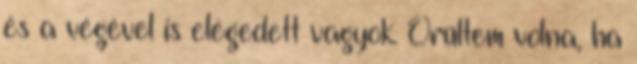
és a végével is elégedett vagyok. Örültem volna, ha